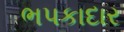
ભપકાદાર